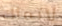
لاتملك